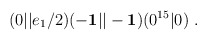
\begin{align*}(0\vert\vert e_1/2)(-{\bf 1}\vert\vert -{\bf 1})(0^{15} \vert 0)~.\end{align*}